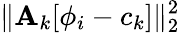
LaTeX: \lVert{\mathbf A}_{k}[\phi_{i}-c_{k}]\rVert_{2}^{2}